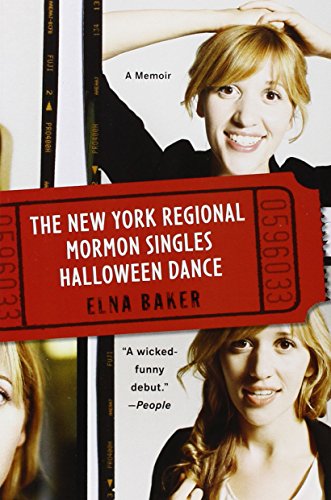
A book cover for The New York Regional Mormon Singles Halloween Dance: A Memoir; Elna Baker; Biographies & Memoirs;